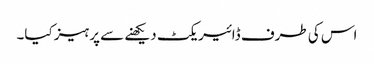
اس کی طرف ڈائیریکٹ دیکھنے سے پرہیز کیا۔